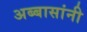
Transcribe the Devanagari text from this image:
अब्बासांनी